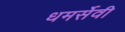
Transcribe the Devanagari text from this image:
धमर्सेवी